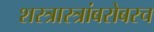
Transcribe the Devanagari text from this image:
शस्त्रास्त्रांबरोबरच